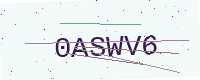
Text: 0ASWV6